Report of the Indian Hemp Drugs Commission, 1894-1895 - Volume III
Year: 1894
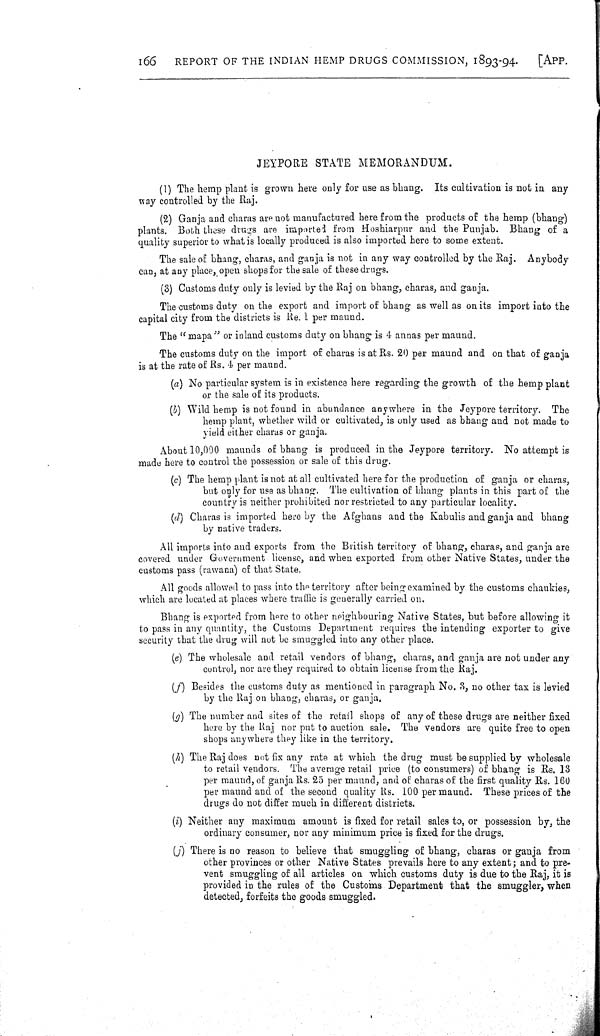
166
REPORT OF THE INDIAN HEMP DRUGS COMMISSION, 1893-94.
[APP.
JEYPORE STATE MEMORANDUM.
(1) The hemp plant is grown here only for use as bhang. Its cultivation is not in any
way controlled by the Raj.
(2) Ganja and charas are not manufactured here from the products of the hemp (bhang)
plants. Both these drugs are imported from Hoshiarpur and the Punjab. Bhang of a
quality superior to what is locally produced is also imported here to some extent.
The sale of bhang, charas, and ganja is not in any way controlled by the Raj. Anybody
can, at any place, open shops for the sale of these drugs.
(3) Customs duty only is levied by the Raj on bhang, charas, and ganja.
The customs duty on the export and import of bhang as well as on its import into the
capital city from the districts is Re. 1 per maund.
The "mapa" or inland customs duty on bhang is 4 annas per maund.
The customs duty on the import of charas is at Rs. 20 per maund and on that of ganja
is at the rate of Rs. 4 per maund.
(a) No particular system is in existence here regarding the growth of the hemp plant
or the sale of its products.
(b) Wild hemp is not found in abundance anywhere in the Jeypore territory. The
hemp plant, whether wild or cultivated, is only used as bhang and not made to
yield either charas or ganja.
About 10,000 maunds of bhang is produced in the Jeypore territory. No attempt is
made here to control the possession or sale of this drug.
(c) The hemp plant is not at all cultivated here for the production of ganja or charas,
but only for use as bhang. The cultivation of bhang plants in this part of the
country is neither prohibited nor restricted to any particular locality.
(d) Charas is imported here by the Afghans and the Kabulis and ganja and bhang
by native traders.
All imports into and exports from the British territory of bhang, charas, and ganja are
covered under Government license, and when exported from other Native States, under the
customs pass (rawana) of that State.
All goods allowed to pass into the territory after being examined by the customs chaukies,
which are located at places where traffic is generally carried on.
Bhang is exported from here to other neighbouring Native States, but before allowing it
to pass in any quantity, the Customs Department requires the intending exporter to give
security that the drug will not be smuggled into any other place.
(e) The wholesale and retail vendors of bhang, charas, and ganja are not under any
control, nor are they required to obtain license from the Raj.
(f) Besides the customs duty as mentioned in paragraph No. 3, no other tax is levied
by the Raj on bhang, charas, or ganja.
(g) The number and sites of the retail shops of any of these drugs are neither fixed
here by the Raj nor put to auction sale. The vendors are quite free to open
shops anywhere they like in the territory.
(h) The Raj does not fix any rate at which the drug must be supplied by wholesale
to retail vendors. The average retail price (to consumers) of bhang is Rs. 13
per maund, of ganja Rs. 25 per maund, and of charas of the first quality Rs. 160
per maund and of the second quality Rs. 100 per maund. These prices of the
drugs do not differ much in different districts.
(i) Neither any maximum amount is fixed for retail sales to, or possession by, the
ordinary consumer, nor any minimum price is fixed for the drugs.
(j) There is no reason to believe that smuggling of bhang, charas or ganja from
other provinces or other Native States prevails here to any extent; and to pre-
vent smuggling of all articles on which customs duty is due to the Raj, it is
provided in the rules of the Customs Department that the smuggler, when
detected, forfeits the goods smuggled.